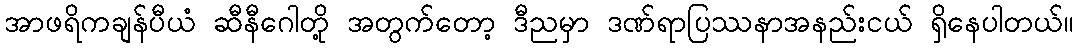
အာဖရိကချန်ပီယံ ဆီနီဂေါတို့ အတွက်တော့ ဒီညမှာ ဒဏ်ရာပြဿနာအနည်းငယ် ရှိနေပါတယ်။